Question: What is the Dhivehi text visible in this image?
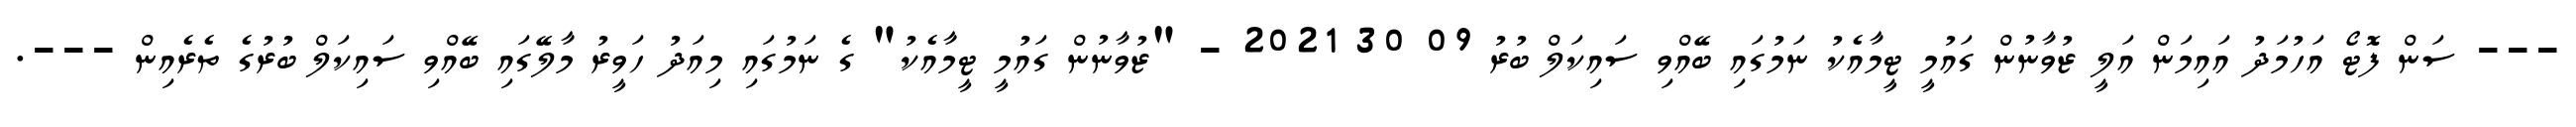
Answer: --- ސަން ފޮޓޯ އަހުމަދު އައިމަން އަލީ ޒުވާނުން ގައުމީ ޓީމާއެކު ނަމުގައި ބޭއްވި ސައިކަލް ބުރު 09 30 2021 - "ޒުވާނުން ގައުމީ ޓީމާއެކު" ގެ ނަމުގައި މިއަދު ހަވީރު މާލޭގައި ބޭއްވި ސައިކަލް ބުރުގެ ތެރެއިން ---.